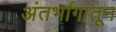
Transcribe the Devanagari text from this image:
अंतर्भागातून